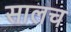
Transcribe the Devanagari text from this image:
सालच